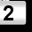
Digit: 2